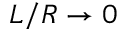
L / R \to 0